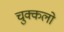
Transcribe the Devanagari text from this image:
चुक्कलो